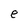
Character: e